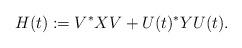
LaTeX: \begin{align*}H (t) := V^* X V + U (t)^* Y U(t).\end{align*}